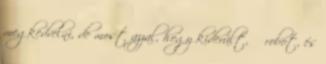
megkedvelni, de most azzal, hogy kiderült, ő robot, és